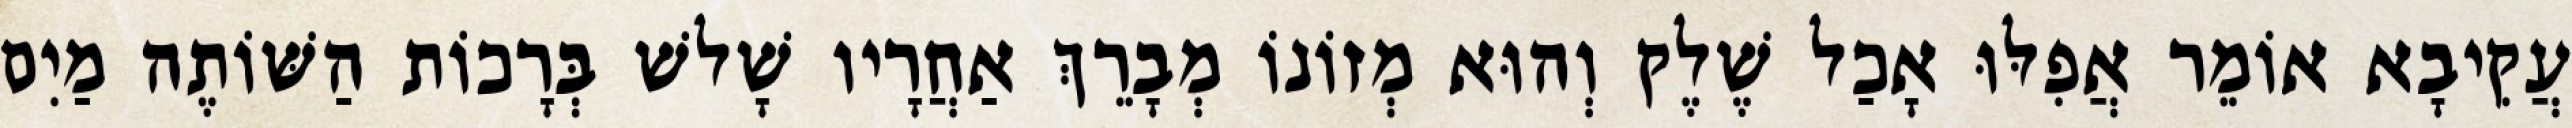
עֲקִיבָא אוֹמֵר אֲפִלּוּ אָכַל שֶׁלֶק וְהוּא מְזוֹנוֹ מְבָרֵךְ אַחֲרָיו שָׁלשׁ בְּרָכוֹת הַשּׁוֹתֶה מַיִם